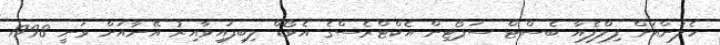
ހެލަންއަށް ފިލްފެއާ ބެސްޓް ސަޕޯޓިން އެކްޓްރެސްގެ އެވޯޑް ލިބިފައިވާއިރު އޭނާއަށް ވަނީ 1998